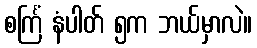
စင်္ကြံ နံပါတ် ၅က ဘယ်မှာလဲ။